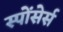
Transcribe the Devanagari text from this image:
स्पोंसेर्स